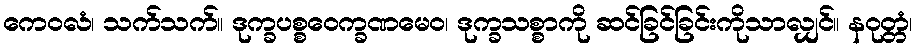
ကေဝလံ၊ သက်သက်။ ဒုက္ခပစ္စဝေက္ခဏမေဝ၊ ဒုက္ခသစ္စာကို ဆင်ခြင်ခြင်းကိုသာလျှင်။ နဝုတ္တံ၊